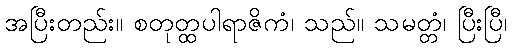
အပြီးတည်း။ စတုတ္ထပါရာဇိကံ၊ သည်။ သမတ္တံ၊ ပြီးပြီ၊